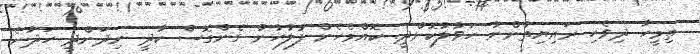
ތިމީހާ ދިވެހި ރައިޔިތުންނާ ހަވާލުކޮށްދީ. ކޮއްމެހެން ފުލުހުން ގެންގޮސް ކާދީ ނިދަންދީ ހަދާނެ